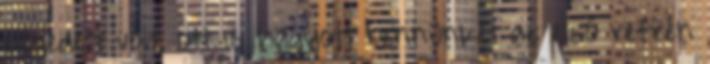
elégedett volt, ott is hagyott bennünket az első refrén